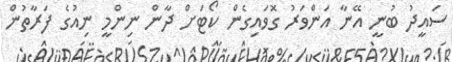
ސައީދު ބުނީ އޭނާ އަންވަރު ގޮވައިގެން ކޯޓަށް ދާން ނިންމީ ނިއުގެ ފަރާތުން